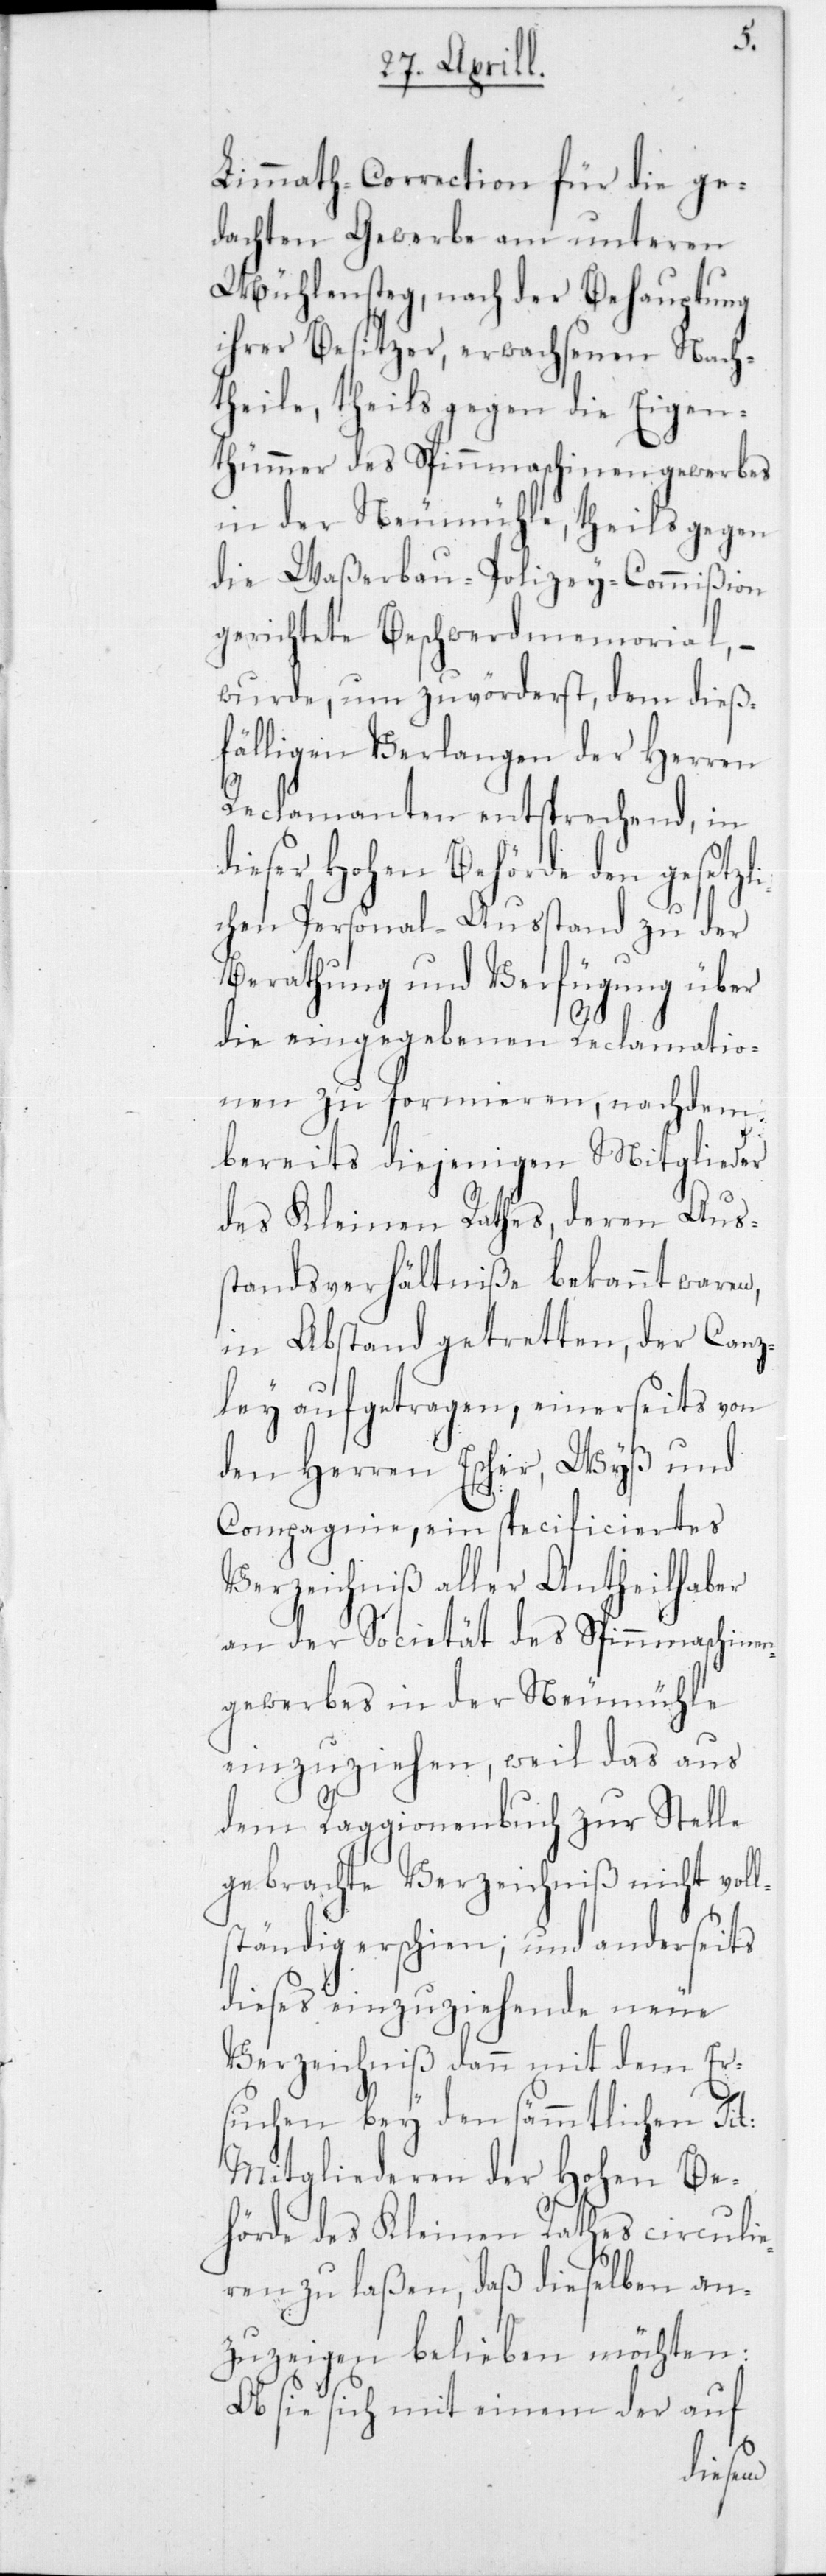
Correction für die ge¬
dachten Gewerbe am unteren
Mühlensteg, nach der Behauptung
ihrer Besitzer, erwachsenen Nach¬
theile, theils gegen die Eigen¬
thümmer des Spinnmaschinengewerbes
in der Neumühle, theils gegen
die Waßerbau-Polizey-Commißion
gerichtete Beschwerdmemorial, –
wurde, um zuvörderst, dem dieß¬
fälligen Verlangen der Herren
Reclamanten entsprechend, in
dieser Hohen Behörde den gesetzl¬
ichen Personal-Ausstand zu der
Berathung und Verfügung über
die eingegebenen Reclamatio¬
nen zu formieren, nachdem
bereits diejenigen Mitglieder
des Kleinen Rathes, deren Aus¬
standsverhältniße bekannt waren,
in Abstand getretten, der Canz¬
ley auftgetragen, einerseits von
den Herren Escher, Wyss und
Compagnie, ein specificiertes
Verzeichniß aller Antheilhaber
an der Societät des Spinnmaschinen¬
gewerbes in der Neumühle
einzuziehen, weil das aus
dem Raggionenbuch zur Stelle
gebrachte Verzeichniß nicht voll¬
ständig erschien; und anderseits
dieses einzuziehende neue
Verzeichniß dann mit dem Er¬
suchen bey den sämmtlichen Tit.
Mitgliederen der Hohen Be¬
hörde des Kleinen Rathes circulie¬
ren zu laßen, daß dieselben an¬
zuzeigen belieben möchten:
Ob sie sich mit einem der auf